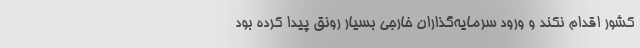
کشور اقدام نکند و ورود سرمایه‌گذاران خارجی بسیار رونق پیدا کرده بود